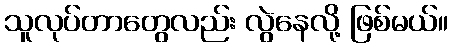
သူလုပ်တာတွေလည်း လွဲနေလို့ ဖြစ်မယ်။